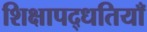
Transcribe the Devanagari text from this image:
शिक्षापद्धतियाँ